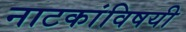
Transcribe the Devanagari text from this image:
नाटकांविषयी